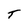
Character: T